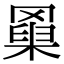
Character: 𦌆